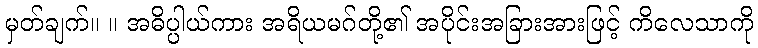
မှတ်ချက်။ ။ အဓိပ္ပါယ်ကား အရိယမဂ်တို့၏ အပိုင်းအခြားအားဖြင့် ကိလေသာကို